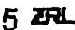
5 ZRL